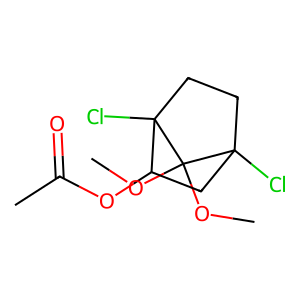
SMILES: COC1(OC)C2(Cl)CCC1(Cl)C(OC(C)=O)C2
Inhibits HIV replication: No